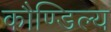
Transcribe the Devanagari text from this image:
कौण्डिल्य